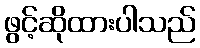
ဖွင့်ဆိုထားပါသည်